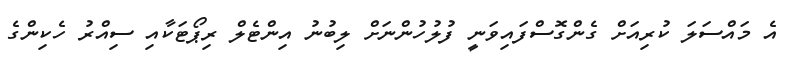
އެ މައްސަލަ ކުރިއަށް ގެންގޮސްފައިވަނީ ފުލުހުންނަށް ލިބުނު އިންޓެލް ރިޕޯޓަކާއި ސިއްރު ހެކިންގެ